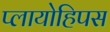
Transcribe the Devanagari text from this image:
प्लायोहिपस